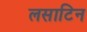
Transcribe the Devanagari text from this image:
लसाटिन